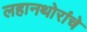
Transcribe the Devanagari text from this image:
लहानथोरांचे